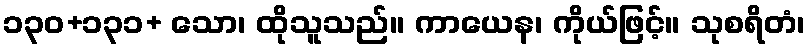
၁၃၀+၁၃၁+ သော၊ ထိုသူသည်။ ကာယေန၊ ကိုယ်ဖြင့်။ သုစရိတံ၊